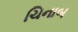
ચિનાબ